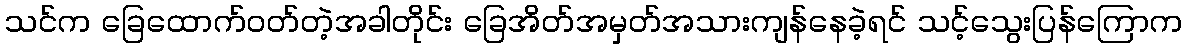
သင်က ခြေထောက်ဝတ်တဲ့အခါတိုင်း ခြေအိတ်အမှတ်အသားကျန်နေခဲ့ရင် သင့်သွေးပြန်ကြောက